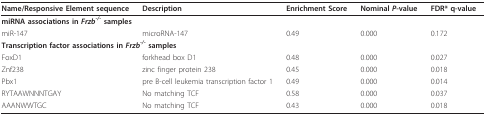
| Name/Responsive Element sequence | Description | Enrichment Score | Nominal P-value | FDR* q-value |
 | --- | --- | --- | --- | --- |
 | <COLSPAN=5> miRNA associations in Frzb-/- samples |
 | miR-147 | microRNA-147 | 0.49 | 0.000 | 0.172 |
 | <COLSPAN=5> Transcription factor associations in Frzb-/- samples |
 | FoxD1 | forkhead box D1 | 0.48 | 0.000 | 0.027 |
 | Znf238 | zinc finger protein 238 | 0.45 | 0.000 | 0.018 |
 | Pbx1 | pre B-cell leukemia transcription factor 1 | 0.49 | 0.000 | 0.014 |
 | RYTAAWNNNTGAY | No matching TCF | 0.58 | 0.000 | 0.037 |
 | AAANWWTGC | No matching TCF | 0.43 | 0.000 | 0.018 |